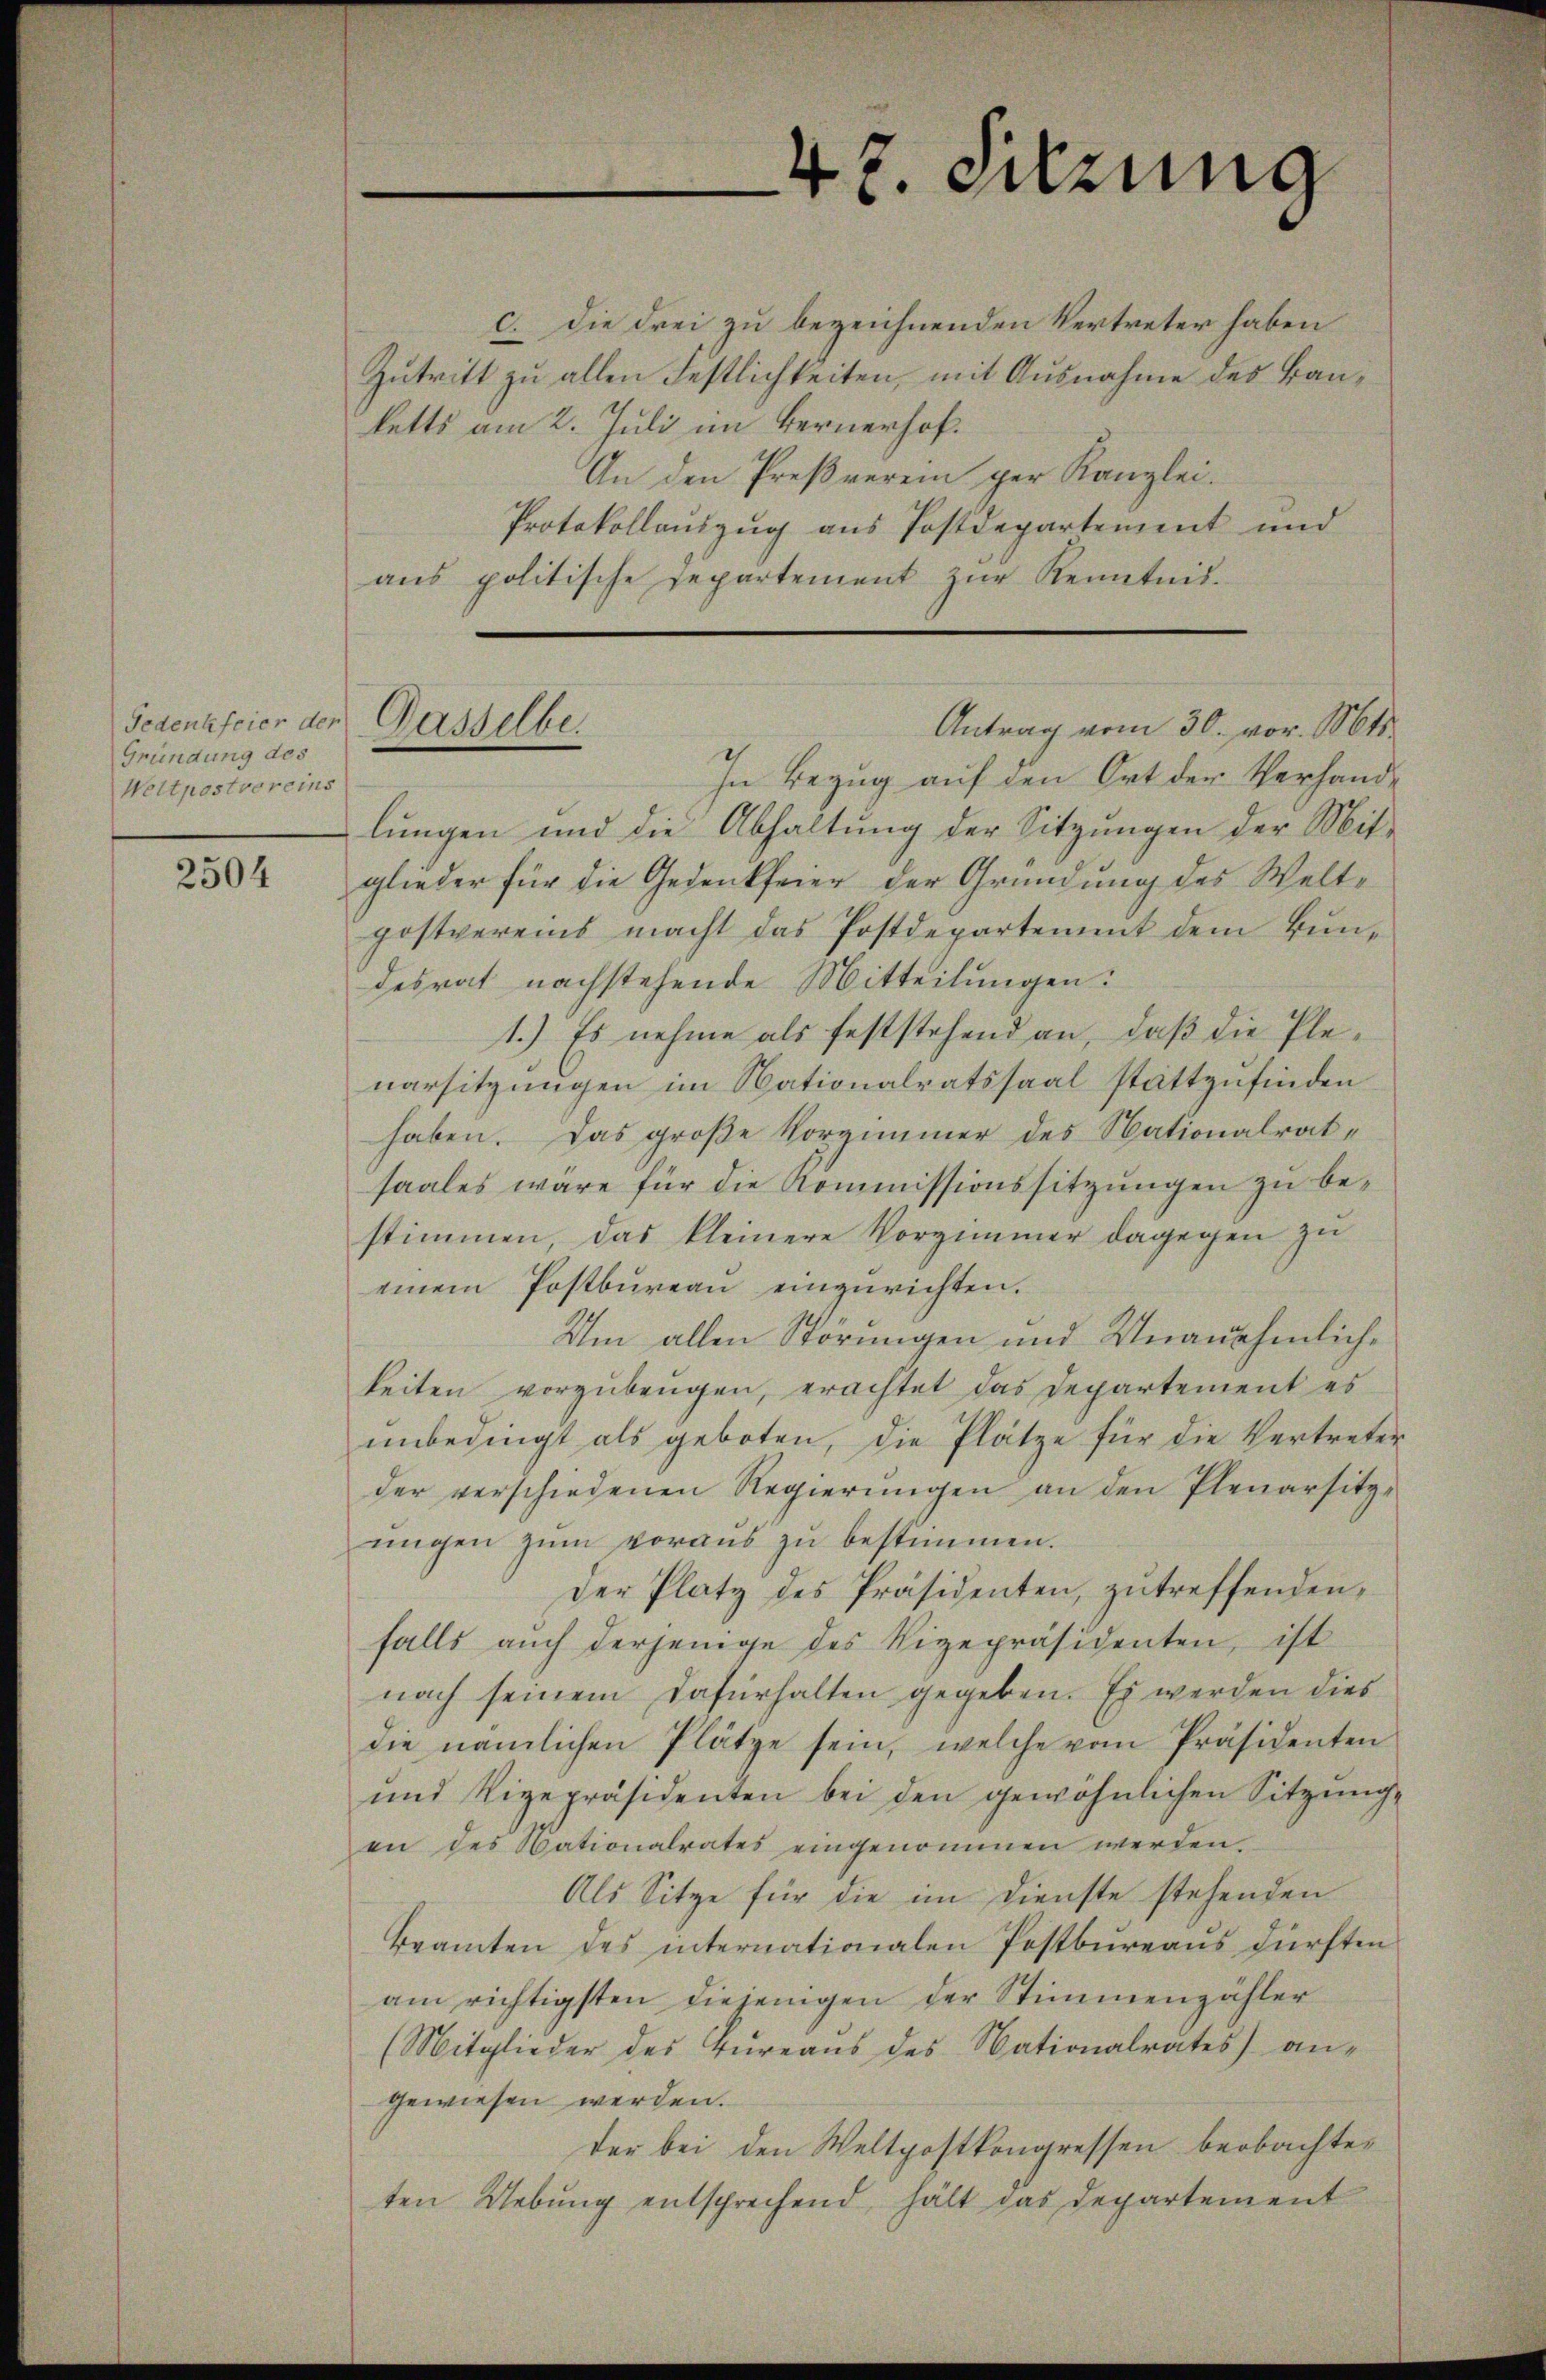
Gedenkfeier der Gasselbe
Gründung des
Weltpostvereins

2504

c. Die drei zu bezeichnenden Vertreter haben
Zutritt zu allen Festlichkeiten, mit Ausnahme des Bauketts am 2. Juli im Bernerhof.
An den Preßverein ger Kanzlei.
Protokollauszug aus Postdepartement und
ans politische Departement zŭr Kenntnis-

47. Sitzung

Antrag vom 30. vor. Mts.

In Bezug auf den Ort der Verhand-
lungen und die Abhaltung der Sitzŭngen der Mit-
glieder für die Gedenkfeier der Gründung des Weltpostvereins macht das Postdepartement dem Bundesrat nachstehende Mitteilungen:
1.) Es nehme als feststehend an, daß die Plenarsitzungen im Nationalratssaal stattzufinden
haben. Das große Vorzimmer des Nationalratsaales wäre für die Kommissionssitzungen zu bestimmen, das kleinere Vorzimmer dagegen zu
einem Postbüreau eingerichten.
Um allen Störungen und Unanehmlichkeiten vorzubeugen, erachtet das Departement es
unbedingt als geboten, die Plätze für die Vertreter
der verschiedenen Regierŭngen an den Plenarsitz-
ŭngen zŭm voraus zu bestimmen.
Der Platz des Präsidenten, zutreffenden,
falls auch derjenige des Vizepräsidenten, ist
nach seinem Dafürhalten gegeben. Es werden dies
die nämlichen Plätze sein, welche vom Präsidenten
und Vizepräsidenten bei den gewöhnlichen Sitzŭng
en des Nationalrates eingenommen werden.
Als Sitze für die im Dienste stehenden
Beamten des internationalen Postbureaus dürften
am richtigsten diejenigen der Stimmenzähler
(Mitglieder des Tŭreaŭs des Nationalrates) an-
gewiesen werden.
der bei den Weltpostkongressen beobachteten Uebŭng entsprechend, hält das Departement